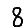
Digit: 8